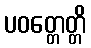
ပဝတ္တေတ္တိ